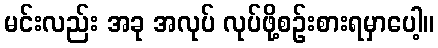
မင်းလည်း အခု အလုပ် လုပ်ဖို့စဉ်းစားရမှာပေါ့။